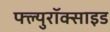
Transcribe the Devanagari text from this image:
फ्ल्युरॉक्साइड